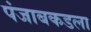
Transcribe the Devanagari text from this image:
पंजाबकडला